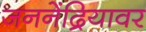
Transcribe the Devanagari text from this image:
जननेंद्रियावर